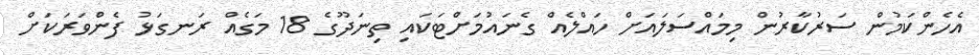
އެހެންކަމުން ސަރުކާރުން މިމައްސަލައަށް ހައްލެއް ގެނައުމަށްޓަކައި ތިނަދޫގެ 18 މަގެއް ރަނގަޅު ފެންވަރަކަށް